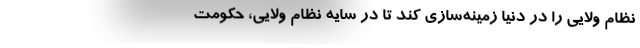
نظام ولایی را در دنیا زمینه‌سازی کند تا در سایه نظام ولایی، حکومت